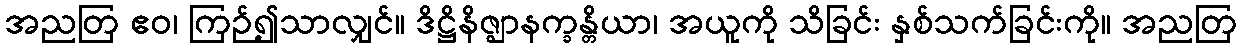
အညတြ ဧဝ၊ ကြဉ်၍သာလျှင်။ ဒိဋ္ဌိနိဇ္ဈာနက္ခန္တိယာ၊ အယူကို သိခြင်း နှစ်သက်ခြင်းကို။ အညတြ